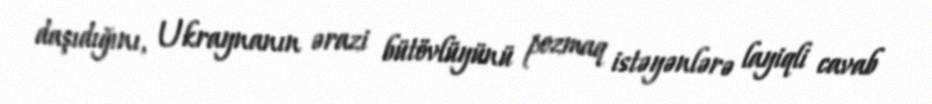
daşıdığını, Ukraynanın ərazi bütövlüyünü pozmaq istəyənlərə layiqli cavab